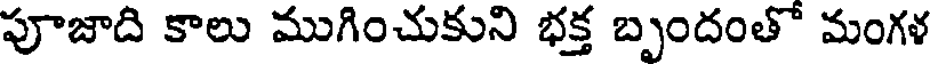
పూజాది కాలు ముగించుకుని భక్త బృందంతో మంగళ